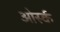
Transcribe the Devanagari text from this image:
ओर्स्क